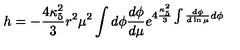
h = - \frac { 4 \kappa _ { 5 } ^ { 2 } } { 3 } r ^ { 2 } \mu ^ { 2 } \int d \phi \frac { d \phi } { d \mu } e ^ { 4 \frac { \kappa _ { 5 } ^ { 2 } } { 3 } \int \frac { d \phi } { d \ln \mu } d \phi }